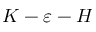
K - \varepsilon - H